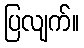
ပြလျက်။